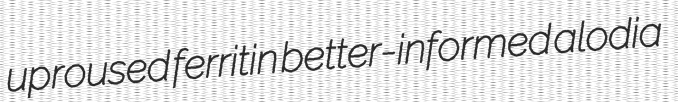
uproused ferritin better-informed alodia